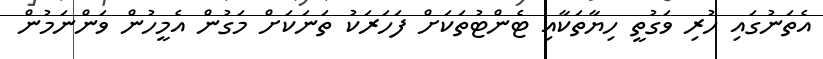
އެތަނުގައި ހުރި ވަގުތީ ހިޔާތަކާއި ޓެންޓުތަކަށް ފަހަރަކު ތަނަކަށް މަގުން އެމީހުން ވަންނަމުން